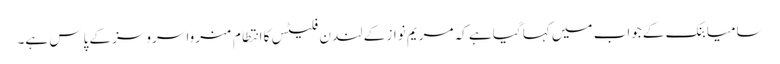
سامیا بنک کے جواب میں کہا گیا ہے کہ مریم نواز کے لندن فلیٹس کا انتطام منروا سروسز کے پاس ہے۔